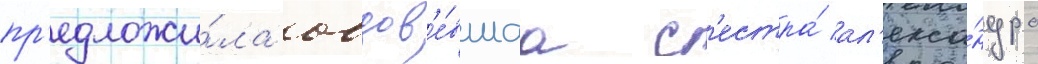
пр'едложи́ла овдов'е́вшаа с'естра́ ал'екса́ндра